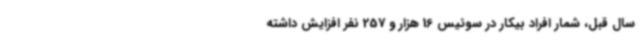
سال قبل، شمار افراد بیکار در سوئیس 16 هزار و 257 نفر افزایش داشته